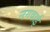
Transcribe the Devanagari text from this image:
नगवाई